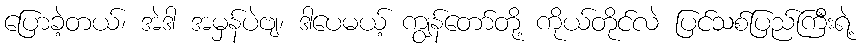
ပြောခဲ့တယ်၊ အဲဒါ အမှန်ပဲဗျ၊ ဒါပေမယ့် ကျွန်တော်တို့ ကိုယ်တိုင်လဲ ပြင်သစ်ပြည်ကြီးရဲ့